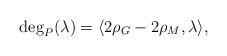
LaTeX: \begin{align*}\deg_P(\lambda)=\langle 2\rho_G-2\rho_M, \lambda \rangle,\end{align*}